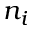
n _ { i }